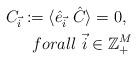
LaTeX: \begin{align*}C_{\vec{i}} := \langle \hat{e}_{\vec{i}\ } \hat{C} \rangle = 0, \ \\forall \ \vec{i} \in \mathbb{Z}_+^M\end{align*}